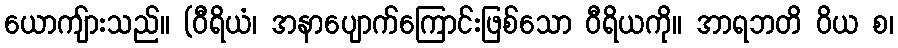
ယောကျ်ားသည်။ (ဝီရိယံ၊ အနာပျောက်ကြောင်းဖြစ်သော ဝီရိယကို။ အာရဘတိ ဝိယ စ၊